Statistical return of the lunatic asylum in Assam - 1912-1932
Year: 1912
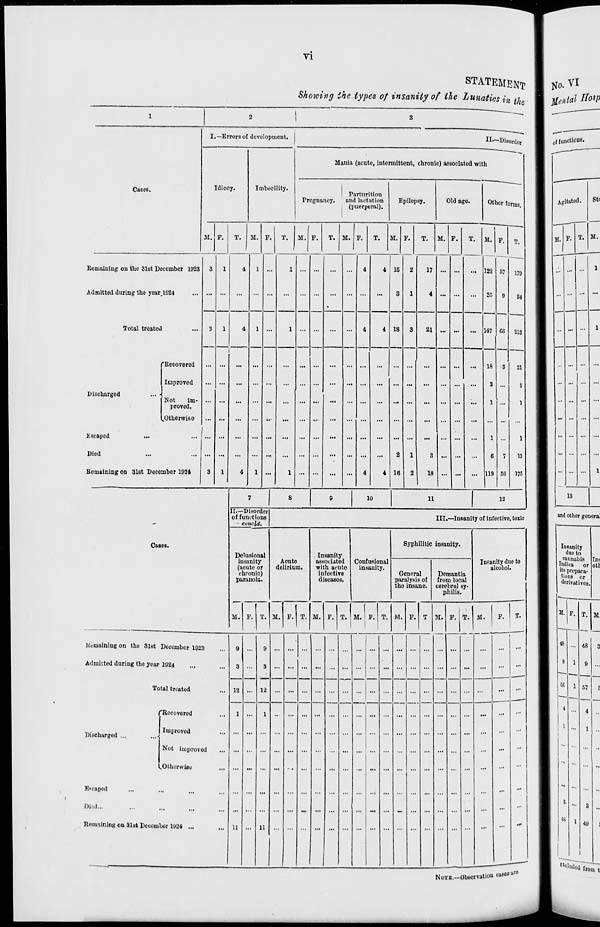
VI
STATEMENT
Shoiving ihe types of insanity of tie Lunatics in tj.
1
2
|
3
-Disorder
I. —Errors of development.
II.-
ith
Idiocy.
Imbecility.
Mania (acute, intermittent, chronic) associated w
tines.
Pregnancy.
Parturition
and lactation
Epilepsy,
(puerperal).
Old age.
Other forme.
M. F.
T. M. p.
T.
M. P.
T. M. F.
T.
M. F.
T. M. P.
T.
i
M. P.
67
9
60
3
7
56
T.
179
84
213
21
2
1
1
13
175
Remaining on the 31st December 1923
Admitted during the year.1924
3
1
4
1
...
1
...
...
...
4
4
4 15
3
4 18
2
17
1
4
... ...
... 122
25
Total treated
3
1
4
1
1
i
...
1 ...
...
...
3
21 ... ...
... 147
18
2
1
1
6
119
Discharged
... ■
Escaped
Died
Remaining on 31st Dece
"Recovered
Improved
Not
im-
proved.
^Otherwise
mber 1921
3
1
4
...
1
...
...
...
...
4
2
4 16
1
3
2
18
i
... ...
...
7
8
8
10
11
12
II.—Disorder
of functions
- conoid;
III.—Insanity of infective, toxic
Cases.
Delusional
insanity
(acute or
chronic)
paranoia.
Acute
delirium.
Insanity
Conf
int:
Syphilitic insanity.
ast
wi
in
d
ociated
,h acute
fective
seases.
usional
unity.
P'
tl
jJencral
iralysis of
le insane.
Demantia
from local
cerebral sy-
philis.
Insanity due to
alcohol.
M. r. T. M. P. T. to. F. T. If.
i
P. T. M . F. T 11. P. T. 11.
F.
T.
1
1
•••
Remaining on the 3lst December 1923
Admitted during tho year 1924
9
3
12
1
11
...
9
3
12
1
11
...
i
,.
Total treated
l
Discharged ...
E»caped
Died...
Remaining on Slst Decom
'Rocovered
Improved
Not impro%
^Otherwise
bor 1924 ...
ed
...
...
...
and other genera!
N OTB.-Observation cases uf